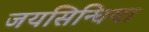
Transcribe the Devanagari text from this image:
जयसिन्धिया